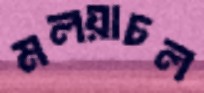
মলয়াচল